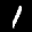
Label: 1